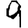
Digit: 9